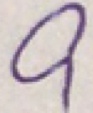
9